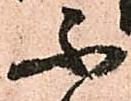
不